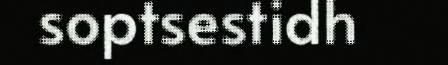
soptsestidh